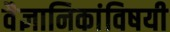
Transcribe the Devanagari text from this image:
वैज्ञानिकांविषयी